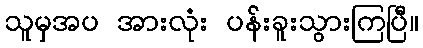
သူမှအပ အားလုံး ပန်းခူးသွားကြပြီ။